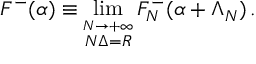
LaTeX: F ^ { - } ( \alpha ) \equiv \operatorname * { l i m } _ { \stackrel { N \rightarrow + \infty } { N \Delta = R } } F _ { N } ^ { - } ( \alpha + \Lambda _ { N } ) \, .